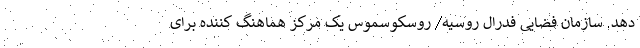
دهد. سازمان فضایی فدرال روسیه/ روسکوسموس یک مرکز هماهنگ کننده برای